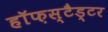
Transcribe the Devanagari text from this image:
हॉफ़स्टैड्टर